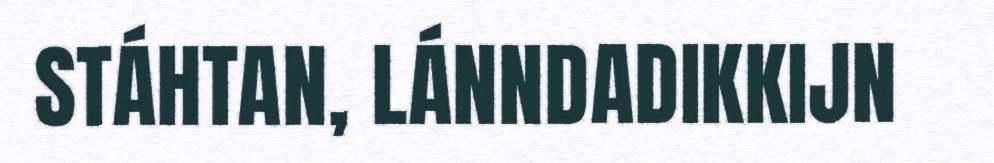
STÁHTAN, LÁNNDADIKKIJN